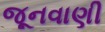
જૂનવાણી